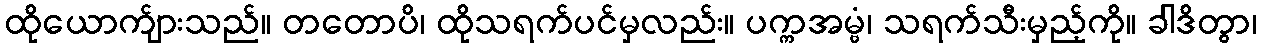
ထိုယောက်ျားသည်။ တတောပိ၊ ထိုသရက်ပင်မှလည်း။ ပက္ကအမ္ဗံ၊ သရက်သီးမှည့်ကို။ ခါဒိတွာ၊